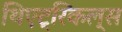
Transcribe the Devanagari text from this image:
थिएट्रिकल्स